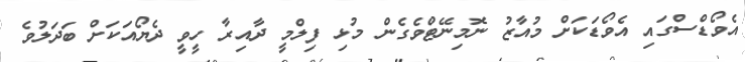
އެވޯޑްސްގައި އެވޯޑަކަށް މުއާޒު ނޮމިނޭޓްވެގެން މުޅި ފިލްމީ ދާއިރާ ހީވީ ދެޔޯއަކަށް ބަދަލުވެ